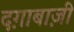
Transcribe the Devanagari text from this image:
दग़ाबाज़ी